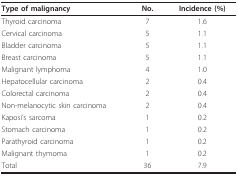
<table><thead><tr><td><b>Type of malignancy</b></td><td><b>No.</b></td><td><b>Incidence (%)</b></td></tr></thead><tbody><tr><td>Thyroid carcinoma</td><td>7</td><td>1.6</td></tr><tr><td>Cervical carcinoma</td><td>5</td><td>1.1</td></tr><tr><td>Bladder carcinoma</td><td>5</td><td>1.1</td></tr><tr><td>Breast carcinoma</td><td>5</td><td>1.1</td></tr><tr><td>Malignant lymphoma</td><td>4</td><td>1.0</td></tr><tr><td>Hepatocellular carcinoma</td><td>2</td><td>0.4</td></tr><tr><td>Colorectal carcinoma</td><td>2</td><td>0.4</td></tr><tr><td>Non-melanocytic skin carcinoma</td><td>2</td><td>0.4</td></tr><tr><td>Kaposi&#x27;s sarcoma</td><td>1</td><td>0.2</td></tr><tr><td>Stomach carcinoma</td><td>1</td><td>0.2</td></tr><tr><td>Parathyroid carcinoma</td><td>1</td><td>0.2</td></tr><tr><td>Malignant thymoma</td><td>1</td><td>0.2</td></tr><tr><td>Total</td><td>36</td><td>7.9</td></tr></tbody></table>